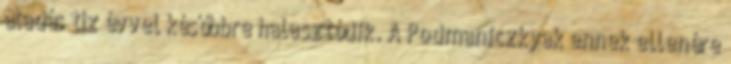
átadás tíz évvel későbbre halasztódik. A Podmaniczkyak ennek ellenére